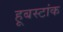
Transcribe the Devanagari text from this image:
हूबस्टांक